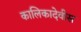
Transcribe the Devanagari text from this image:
कालिकादेवीस